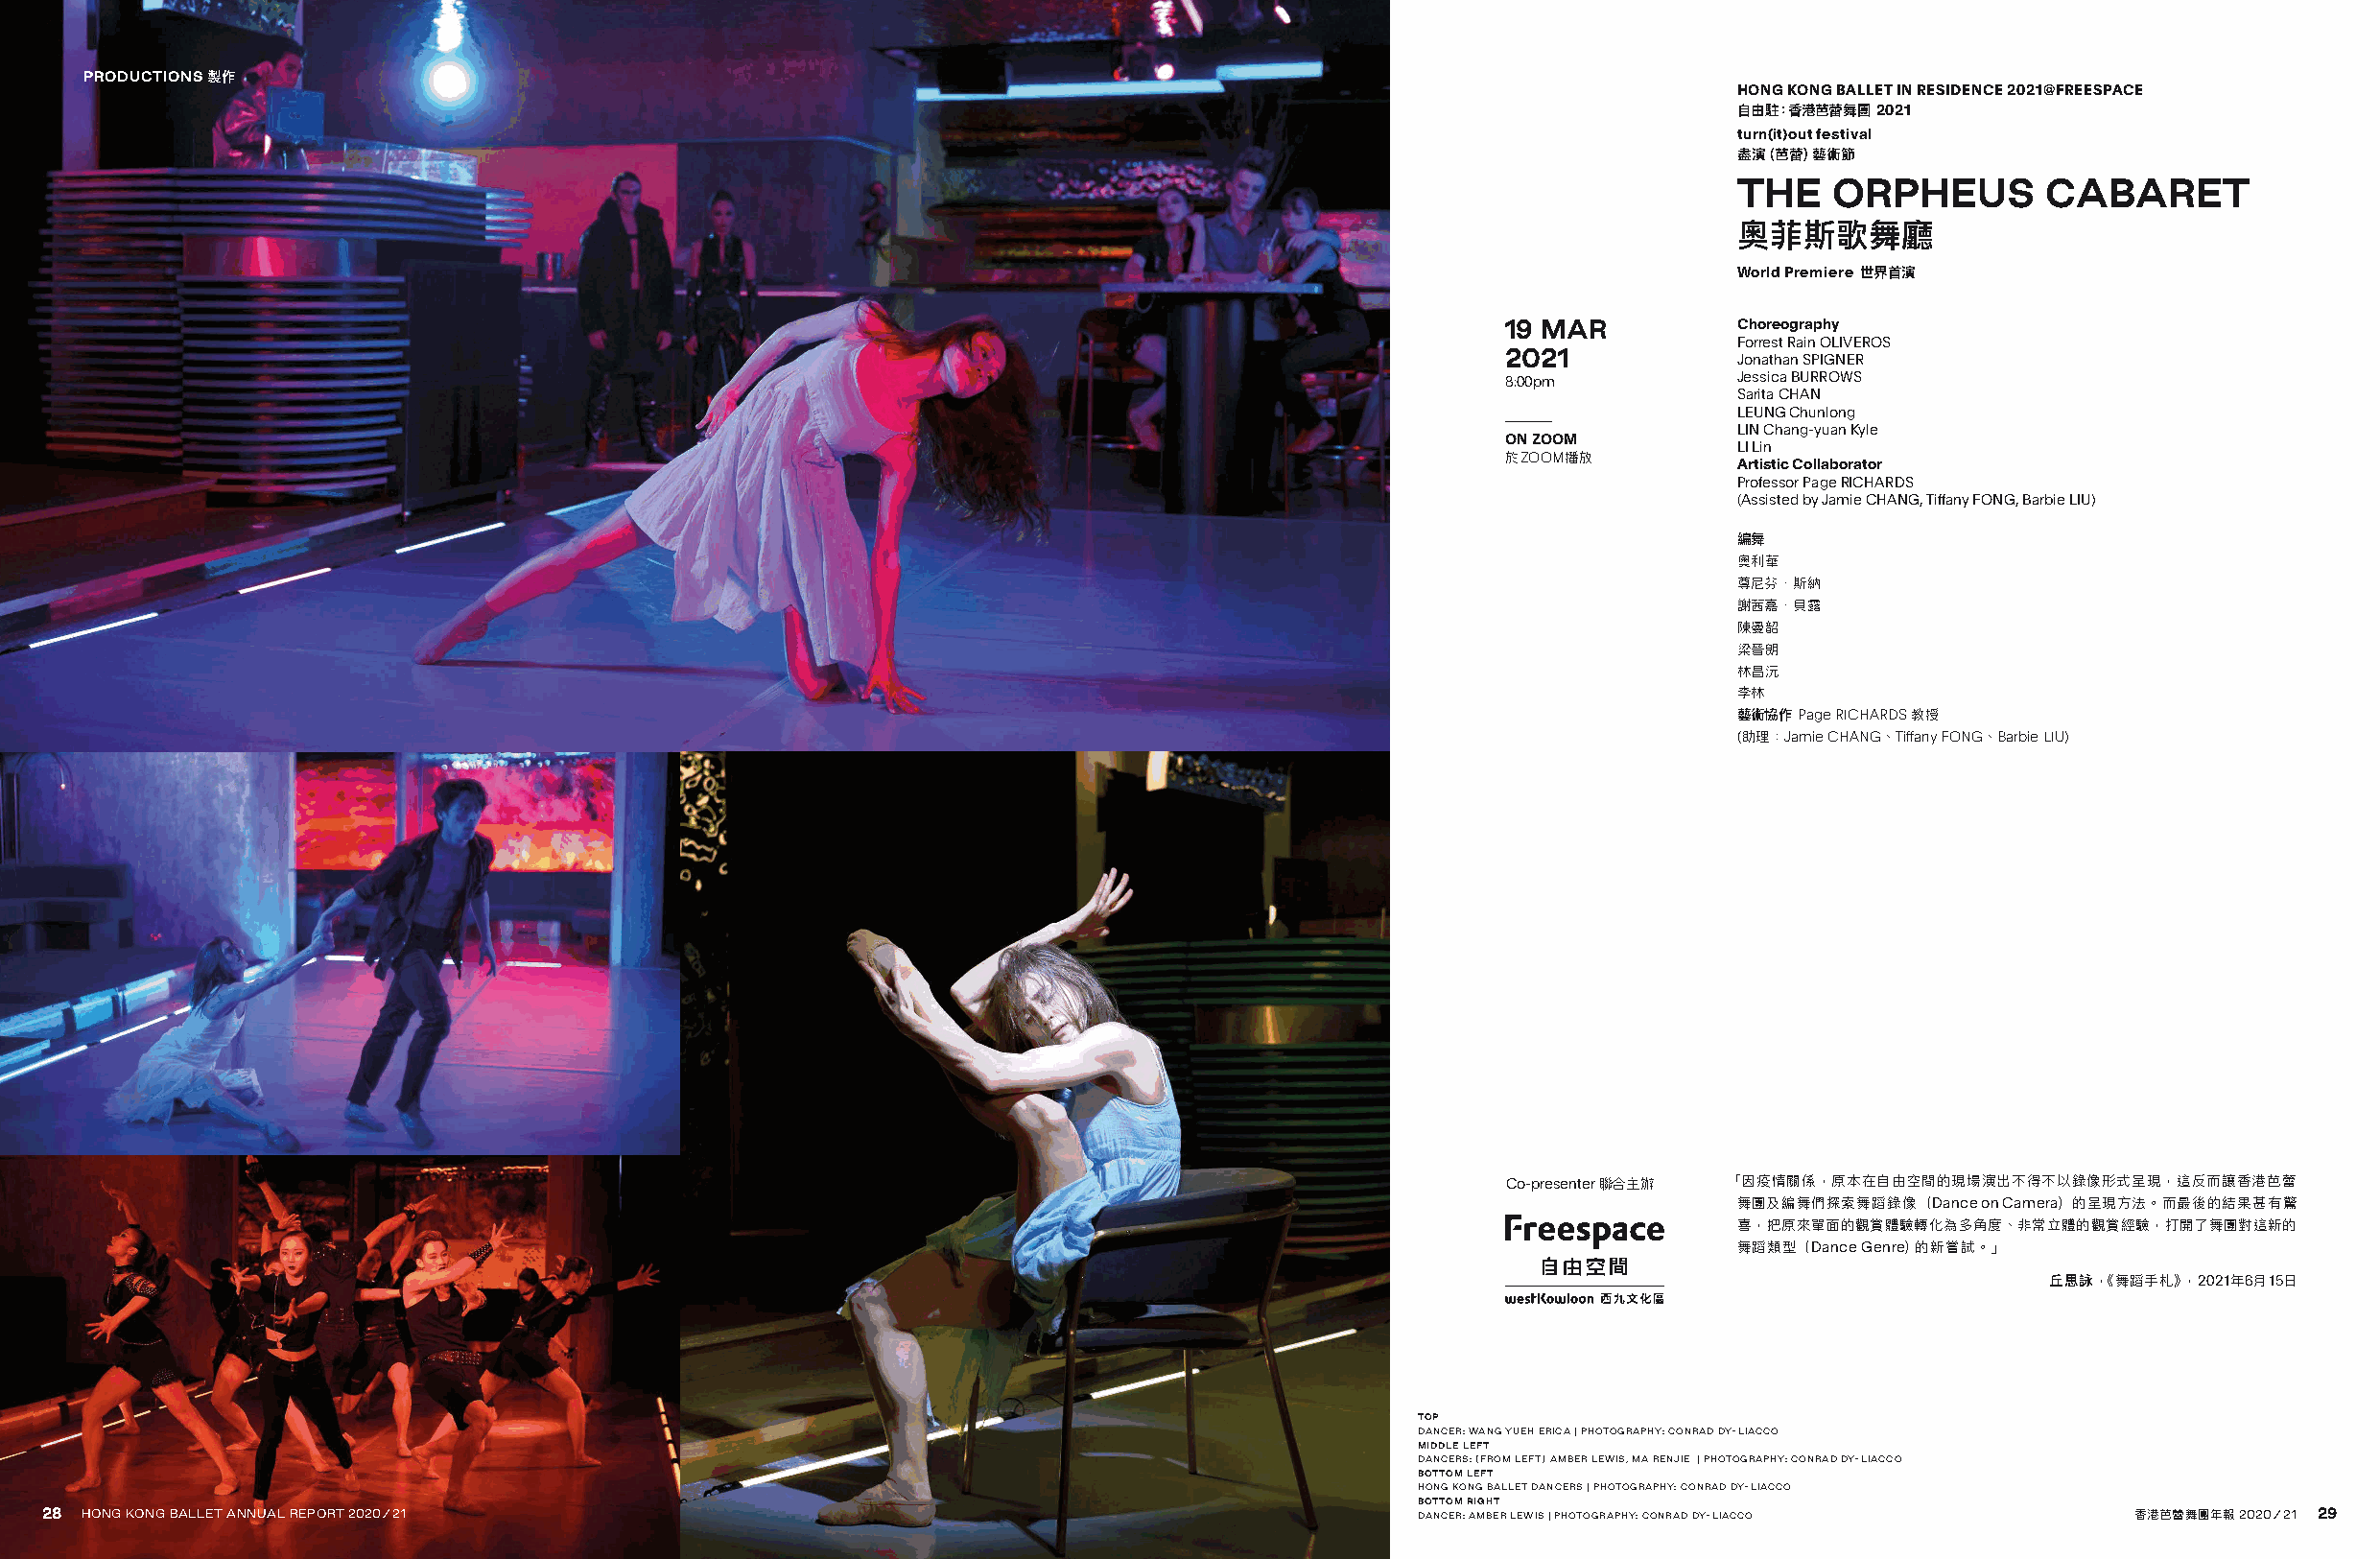
PRODUCTIONS 製作
 HONG KONG BALLET IN RESIDENCE 2021@FREESPACE
 自由駐：香港芭蕾舞團 2021
 turn(it)out festival
 盡演（芭蕾）藝術節
 THE   ORPHEUS        CABARET
 奧菲斯歌舞廳
 World Premiere 世界首演
 19 MAR          Choreography
 Forrest Rain OLIVEROS
 2021            Jonathan SPIGNER
 8:00pm          Jessica BURROWS
 Sarita CHAN
 LEUNG Chunlong
 LIN Chang-yuan Kyle
 ON ZOOM
 LI Lin
 於ZOOM播放
 Artistic Collaborator
 Professor Page RICHARDS
 (Assisted by Jamie CHANG, Tiffany FONG, Barbie LIU)
 編舞
 奧利華
 尊尼芬．斯納
 謝茜嘉．貝露
 陳曼韶
 梁晉朗
 林昌沅
 李林
 藝術協作 Page RICHARDS 教授
 (助理：Jamie CHANG、Tiffany FONG、Barbie LIU)
 Co-presenter 聯合主辦 「 因疫情關係，原本在自由空間的現場演出不得不以錄像形式呈現，這反而讓香港芭蕾
 舞團及編舞們探索舞蹈錄像（Dance on Camera）的呈現方法。而最後的結果甚有驚
 喜，把原來單面的觀賞體驗轉化為多角度、非常立體的觀賞經驗，打開了舞團對這新的
 舞蹈類型（Dance Genre）的新嘗試。」
 丘思詠，《舞蹈手札》，2021年6月15日
 TOP
 DANCER: WANG YUEH ERICA | PHOTOGRAPHY: CONRAD DY-LIACCO
 MIDDLE LEFT
 DANCERS: (FROM LEFT) AMBER LEWIS, MA RENJIE | PHOTOGRAPHY: CONRAD DY-LIACCO
 BOTTOM LEFT
 HONG KONG BALLET DANCERS | PHOTOGRAPHY: CONRAD DY-LIACCO
 BOTTOM RIGHT
 2288 HHOONNGG KKOONNGG BBAALLLLEETT AANNNNUUAALL RREEPPOORRTT 22002200//2211                   DANCER: AMBER LEWIS | PHOTOGRAPHY: CONRAD DY-LIACCO 香港芭蕾舞團年報 2020/21 29